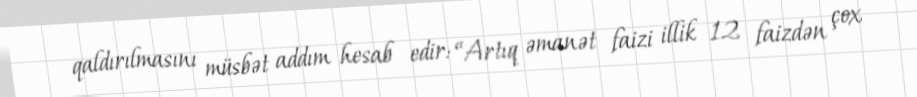
qaldırılmasını müsbət addım hesab edir: “Artıq əmanət faizi illik 12 faizdən çox